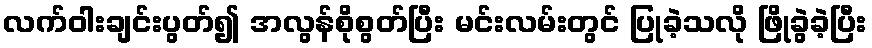
လက်ဝါးချင်းပွတ်၍ အလွန်စိုစွတ်ပြီး မင်းလမ်းတွင် ပြုခဲ့သလို ဖြိုခွဲခဲ့ပြီး